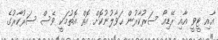
އާއި ޓީވީ އާއި ރޭޑިއޯ ސަރުކާރުން ޙަވާލުނުކޮށް އޮތް އޮތުމަކީ ވެސް ސަރުކާރުގެ